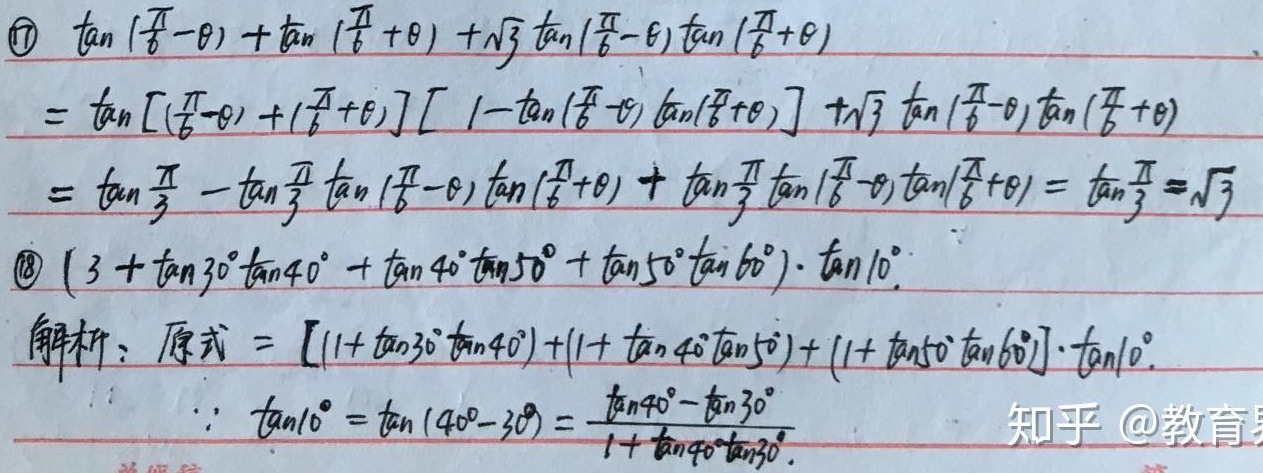
\( \textcircled{7}\)
\[
\begin{align*}
&\tan(\frac{\pi}{6}-\theta)+\tan(\frac{\pi}{6}+\theta)+\sqrt{3}\tan(\frac{\pi}{6}-\theta)\tan(\frac{\pi}{6}+\theta)\\
=&\tan[(\frac{\pi}{6}-\theta)+(\frac{\pi}{6}+\theta)][1 - \tan(\frac{\pi}{6}-\theta)\tan(\frac{\pi}{6}+\theta)]+\sqrt{3}\tan(\frac{\pi}{6}-\theta)\tan(\frac{\pi}{6}+\theta)\\
=&\tan\frac{\pi}{3}-\tan\frac{\pi}{3}\tan(\frac{\pi}{6}-\theta)\tan(\frac{\pi}{6}+\theta)+\tan\frac{\pi}{3}\tan(\frac{\pi}{6}-\theta)\tan(\frac{\pi}{6}+\theta)\\
=&\tan\frac{\pi}{3}=\sqrt{3}
\end{align*}
\]
\( \textcircled{8}\) \((3 + \tan30^{\circ}\tan40^{\circ}+\tan40^{\circ}\tan50^{\circ}+\tan50^{\circ}\tan60^{\circ})\cdot\tan10^{\circ}\)

解析：原式\(=[(1 + \tan30^{\circ}\tan40^{\circ})+(1 + \tan40^{\circ}\tan50^{\circ})+(1 + \tan50^{\circ}\tan60^{\circ})]\cdot\tan10^{\circ}\)

\(\because\tan10^{\circ}=\tan(40^{\circ}-30^{\circ})=\frac{\tan40^{\circ}-\tan30^{\circ}}{1 + \tan40^{\circ}\tan30^{\circ}}\)